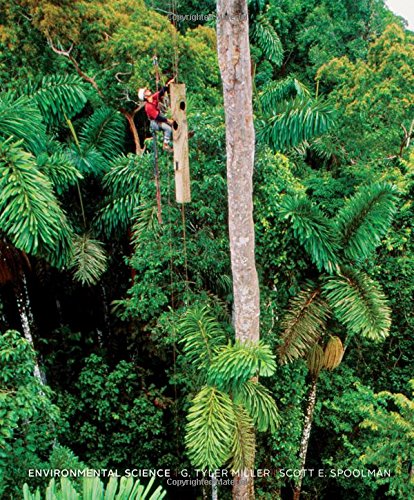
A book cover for Environmental Science; G. Tyler Miller; Business & Money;